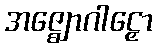
အဇ္ဈောဂါဠှော